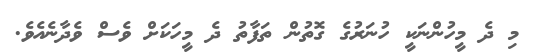
މި ދެ މީހުންނަކީ ހުނަރުގެ ގޮތުން ތަފާތު ދެ މީހަކަށް ވެސް ވެދާނެއެވެ.